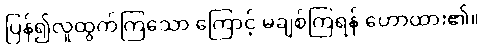
ပြန်၍လူထွက်ကြသော ကြောင့် မချစ်ကြရန် ဟောထား၏။